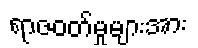
ရာဇဝတ်မှုများအား